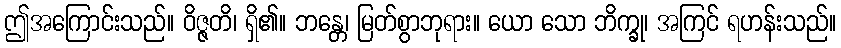
ဤအကြောင်းသည်။ ဝိဇ္ဇတိ၊ ရှိ၏။ ဘန္တေ၊ မြတ်စွာဘုရား။ ယော သော ဘိက္ခု၊ အကြင် ရဟန်းသည်။